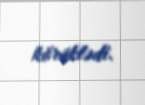
körüklədi.